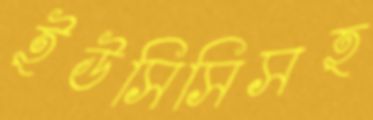
ইউসিসিসহ